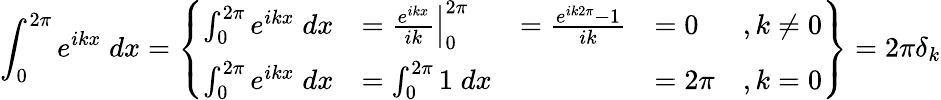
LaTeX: \int_{0}^{2\pi}e^{ikx}\; dx=\left\{ \begin{array}{rlrlr}{\int_{0}^{2\pi}e^{ikx}\; dx}&{=\left.\frac{e^{ikx}}{ik}\right|_{0}^{2\pi}}&{=\frac{e^{ik2\pi}-1}{ik}}&{=0}&{,k\neq 0}\\ {\int_{0}^{2\pi}e^{ikx}\; dx}&{=\int_{0}^{2\pi}1\; dx}&&{=2\pi}&{,k=0}\end{array}\right\} =2\pi\delta_{k}